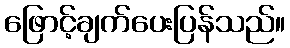
ဖြောင့်ချက်ပေးပြန်သည်။